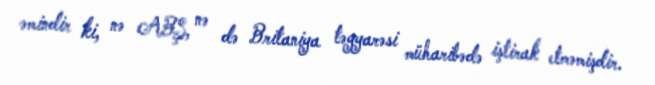
əmindir ki, nə ABŞ, nə də Britaniya təyyarəsi müharibədə iştirak etməmişdir.